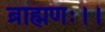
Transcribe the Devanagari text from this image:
ब्राह्मणः।।